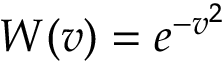
W ( v ) = e ^ { - v ^ { 2 } }